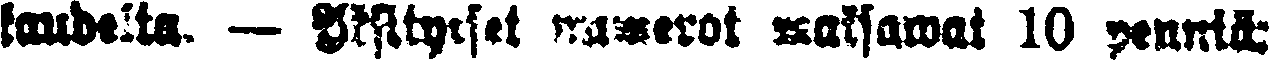
kaudelta. — Yksityiset numerot maksawat 10 penniä: